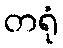
တရုံ